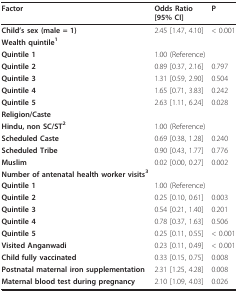
<table><thead><tr><td><b>Factor</b></td><td><b>Odds Ratio [95% CI]</b></td><td><b>P</b></td></tr></thead><tbody><tr><td><b>Child&#x27;s sex (male = 1)</b></td><td>2.45 [1.47, 4.10]</td><td>&lt; 0.001</td></tr><tr><td><b>Wealth quintile<sup>1</sup></b></td><td></td><td></td></tr><tr><td><b>Quintile 1</b></td><td>1.00 (Reference)</td><td></td></tr><tr><td><b>Quintile 2</b></td><td>0.89 [0.37, 2.16]</td><td>0.797</td></tr><tr><td><b>Quintile 3</b></td><td>1.31 [0.59, 2.90]</td><td>0.504</td></tr><tr><td><b>Quintile 4</b></td><td>1.65 [0.71, 3.83]</td><td>0.242</td></tr><tr><td><b>Quintile 5</b></td><td>2.63 [1.11, 6.24]</td><td>0.028</td></tr><tr><td><b>Religion/Caste</b></td><td></td><td></td></tr><tr><td><b>Hindu, non SC/ST<sup>2</sup></b></td><td>1.00 (Reference)</td><td></td></tr><tr><td><b>Scheduled Caste</b></td><td>0.69 [0.38, 1.28]</td><td>0.240</td></tr><tr><td><b>Scheduled Tribe</b></td><td>0.90 [0.43, 1.77]</td><td>0.776</td></tr><tr><td><b>Muslim</b></td><td>0.02 [0.00, 0.27]</td><td>0.002</td></tr><tr><td><b>Number of antenatal health worker visits<sup>3</sup></b></td><td></td><td></td></tr><tr><td><b>Quintile 1</b></td><td>1.00 (Reference)</td><td></td></tr><tr><td><b>Quintile 2</b></td><td>0.25 [0.10, 0.61]</td><td>0.003</td></tr><tr><td><b>Quintile 3</b></td><td>0.54 [0.21, 1.40]</td><td>0.201</td></tr><tr><td><b>Quintile 4</b></td><td>0.78 [0.37, 1.63]</td><td>0.506</td></tr><tr><td><b>Quintile 5</b></td><td>0.25 [0.11, 0.55]</td><td>&lt; 0.001</td></tr><tr><td><b>Visited Anganwadi</b></td><td>0.23 [0.11, 0.49]</td><td>&lt; 0.001</td></tr><tr><td><b>Child fully vaccinated</b></td><td>0.33 [0.15, 0.75]</td><td>0.008</td></tr><tr><td><b>Postnatal maternal iron supplementation</b></td><td>2.31 [1.25, 4.28]</td><td>0.008</td></tr><tr><td><b>Maternal blood test during pregnancy</b></td><td>2.10 [1.09, 4.03]</td><td>0.026</td></tr></tbody></table>